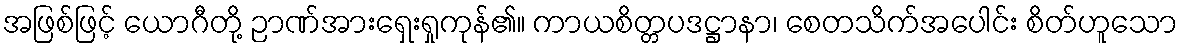
အဖြစ်ဖြင့် ယောဂီတို့ ဉာဏ်အားရှေးရှုကုန်၏။ ကာယစိတ္တပဒဋ္ဌာနာ၊ စေတသိက်အပေါင်း စိတ်ဟူသော